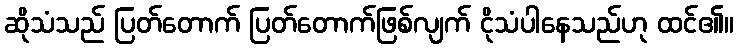
ဆိုသံသည် ပြတ်တောက် ပြတ်တောက်ဖြစ်လျက် ငိုသံပါနေသည်ဟု ထင်၏။